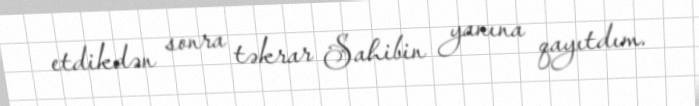
etdikdən sonra təkrar Sahibin yanına qayıtdım.